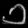
Digit: ၁